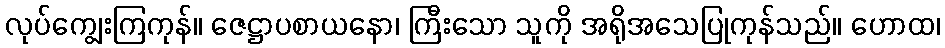
လုပ်ကျွေးကြကုန်။ ဇေဋ္ဌာပစာယနော၊ ကြီးသော သူကို အရိုအသေပြုကုန်သည်။ ဟောထ၊